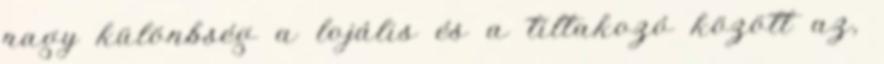
nagy különbség a lojális és a tiltakozó között az,